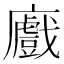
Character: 𢋼